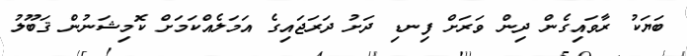
ބަޔަކު ރާވައިގެން ދިން ވަރަށް ފިނޑި ދަށު ދަރަޖައިގެ އަމަލެއްކަމަށް ކޮމިޝަނުން ޤަބޫލު